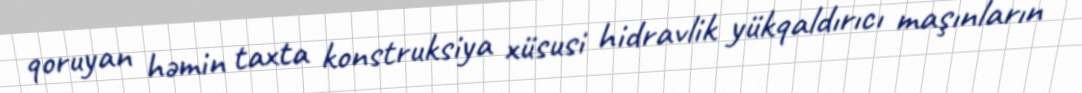
qoruyan həmin taxta konstruksiya xüsusi hidravlik yükqaldırıcı maşınların